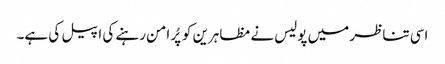
اسی تناظر میں پولیس نے مظاہرین کو پُر امن رہنے کی اپیل کی ہے۔